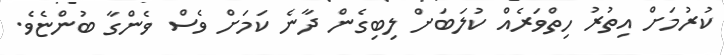
ކުރުމަށް އިތުރު ހިތްވަރެއް ކުލަބަށް ލިބިގެން ދާނެ ކަމަށް ވެސް ވެންގާ ބުންޏެވެ.